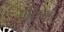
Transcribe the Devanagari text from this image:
पश्चिमांत